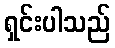
ရှင်းပါသည်